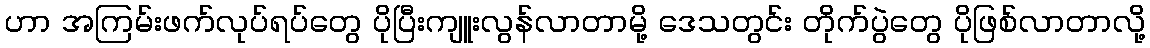
ဟာ အကြမ်းဖက်လုပ်ရပ်တွေ ပိုပြီးကျူးလွန်လာတာမို့ ဒေသတွင်း တိုက်ပွဲတွေ ပိုဖြစ်လာတာလို့